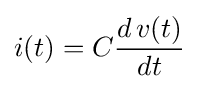
i(t)=C{\frac {d\,v(t)}{dt}}